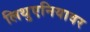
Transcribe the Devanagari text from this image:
लिथुएनियावर